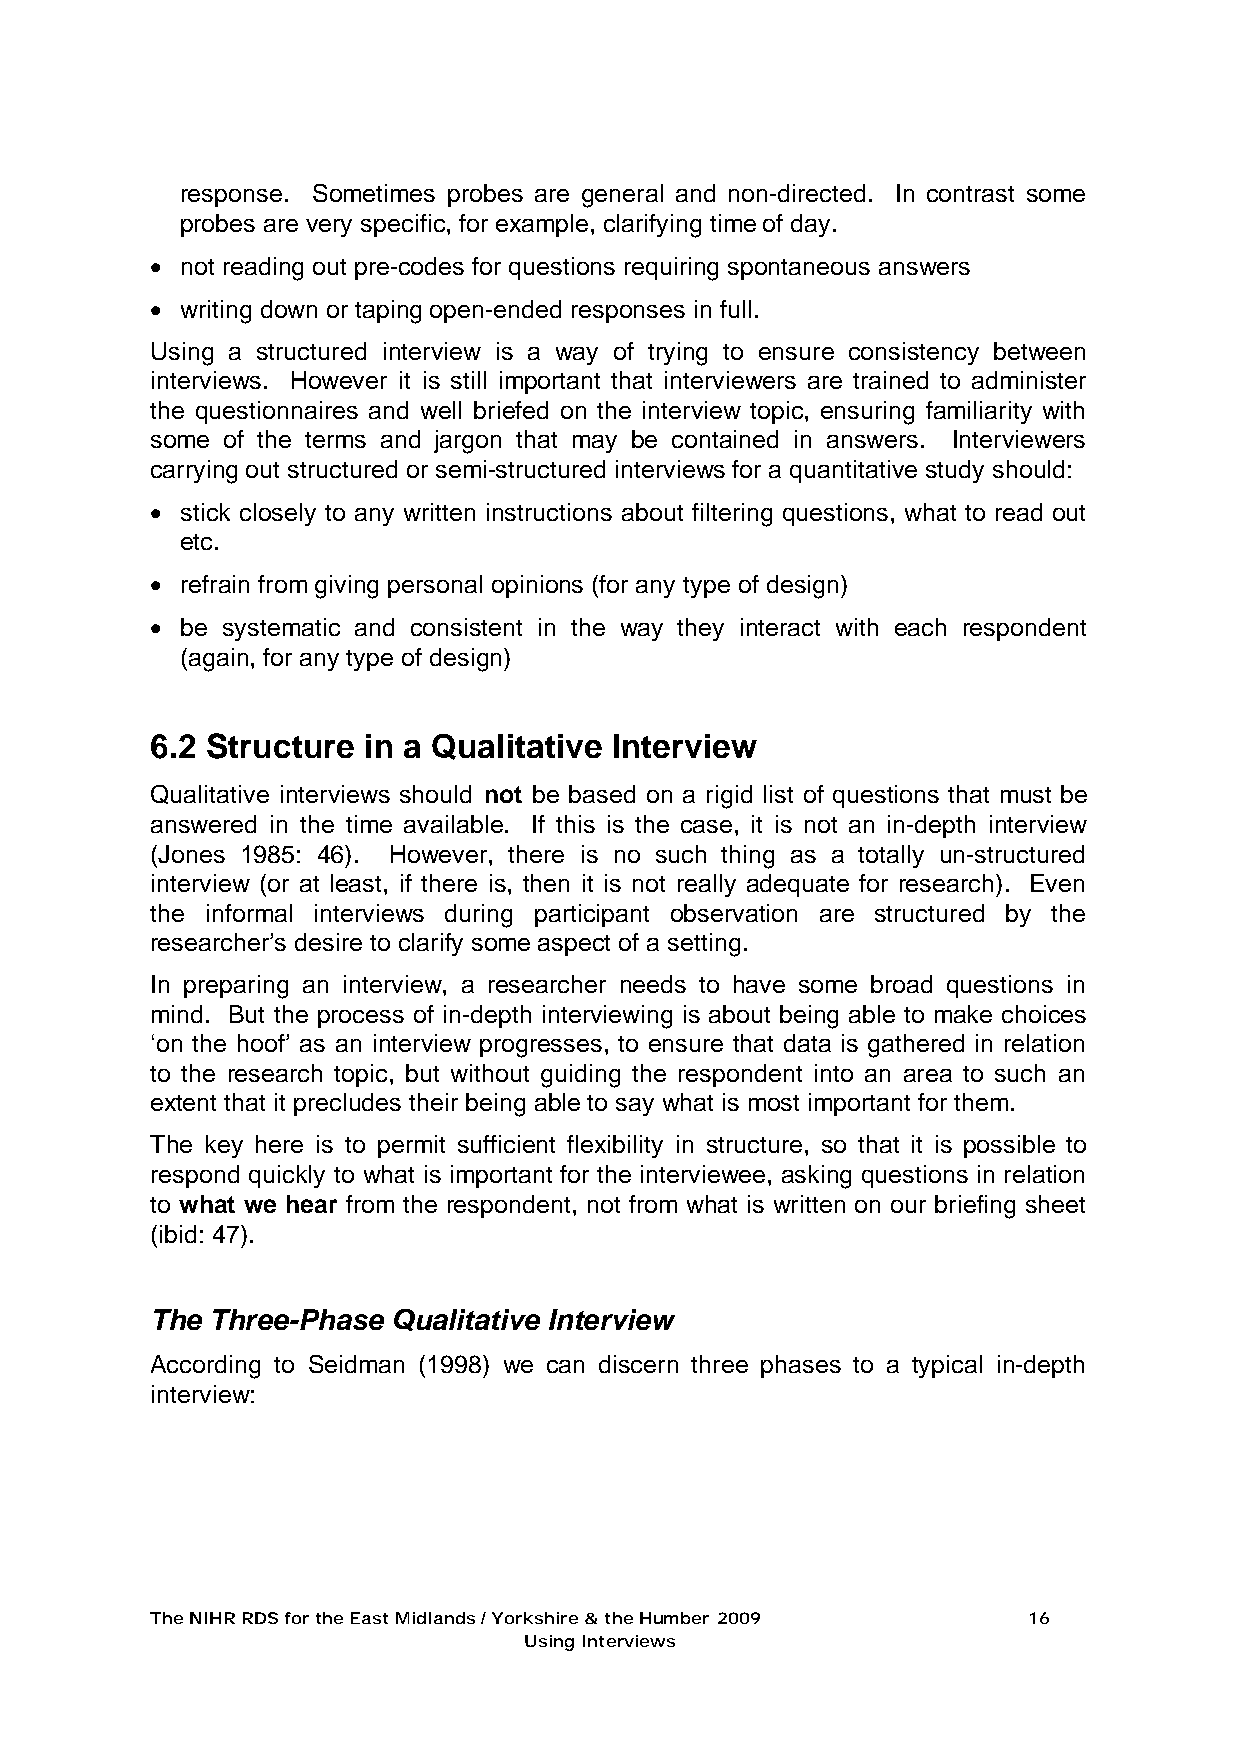
response. Sometimes probes are general and non-directed. In contrast some
 probes are very specific, for example, clarifying time of day.
 • not reading out pre-codes for questions requiring spontaneous answers
 • writing down or taping open-ended responses in full.
 Using a structured interview is a way of trying to ensure consistency between
 interviews. However it is still important that interviewers are trained to administer
 the questionnaires and well briefed on the interview topic, ensuring familiarity with
 some of the terms and jargon that may be contained in answers. Interviewers
 carrying out structured or semi-structured interviews for a quantitative study should:
 • stick closely to any written instructions about filtering questions, what to read out
 etc.
 • refrain from giving personal opinions (for any type of design)
 • be systematic and consistent in the way they interact with each respondent
 (again, for any type of design)
 6.2 Structure in a Qualitative Interview
 Qualitative interviews should not be based on a rigid list of questions that must be
 answered in the time available. If this is the case, it is not an in-depth interview
 (Jones 1985: 46). However, there is no such thing as a totally un-structured
 interview (or at least, if there is, then it is not really adequate for research). Even
 the informal interviews during participant observation are structured by the
 researcher’s desire to clarify some aspect of a setting.
 In preparing an interview, a researcher needs to have some broad questions in
 mind. But the process of in-depth interviewing is about being able to make choices
 ‘on the hoof’ as an interview progresses, to ensure that data is gathered in relation
 to the research topic, but without guiding the respondent into an area to such an
 extent that it precludes their being able to say what is most important for them.
 The key here is to permit sufficient flexibility in structure, so that it is possible to
 respond quickly to what is important for the interviewee, asking questions in relation
 to what we hear from the respondent, not from what is written on our briefing sheet
 (ibid: 47).
 The Three-Phase Qualitative Interview
 According to Seidman (1998) we can discern three phases to a typical in-depth
 interview:
 The NIHR RDS for the East Midlands / Yorkshire & the Humber 2009 16
 Using Interviews